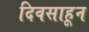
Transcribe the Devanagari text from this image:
दिवसाहून